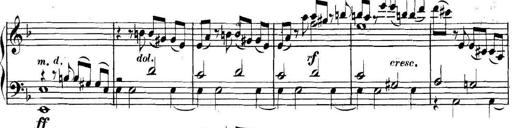
Title: Collected Piano Sonatas
Composer: Muzio Clementi